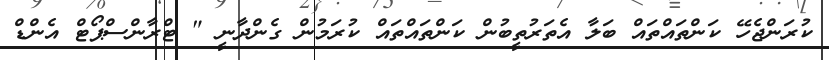
ކުރަންޖެހޭ ކަންތައްތައް ބަލާ އެތަރުތީބުން ކަންތައްތައް ކުރަމުން ގެންދާނީ " ޓްރާންސްޕޯޓް އެންޑް